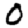
Digit: 0